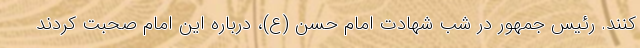
کنند. رئیس جمهور در شب شهادت امام حسن (ع)، درباره این امام صحبت کردند